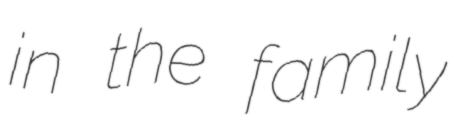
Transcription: in the family